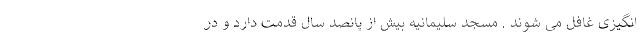
انگیزی غافل می شوند . مسجد سلیمانیه بیش از پانصد سال قدمت دارد و در